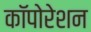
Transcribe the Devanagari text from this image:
कॉपोरेशन